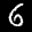
Label: 6